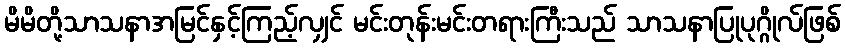
မိမိတို့သာသနာအမြင်နှင့်ကြည့်လျှင် မင်းတုန်းမင်းတရားကြီးသည် သာသနာပြုပုဂ္ဂိုလ်ဖြစ်